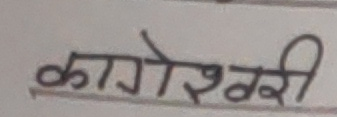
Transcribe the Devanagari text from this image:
कागेश्वरी